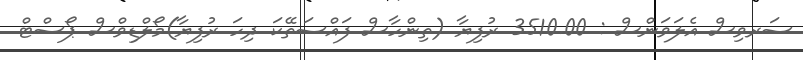
ސަރވިސް އެލަވަންސް : 3510.00 ރުފިޔާ (ތިންހާސް ފައްސަތޭކަ ދިހަ ރުފިޔާ)މޯލްޑިވްސް ޕޯސްޓް